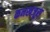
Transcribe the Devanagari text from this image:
कनखजूरा